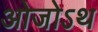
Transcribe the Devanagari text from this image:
ओजोऽथ